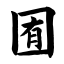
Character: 囿